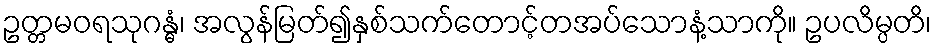
ဥတ္တမဝရသုဂန္ဓံ၊ အလွန်မြတ်၍နှစ်သက်တောင့်တအပ်သောနံ့သာကို။ ဥပလိမ္ပတိ၊